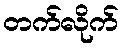
တက်လိုက်